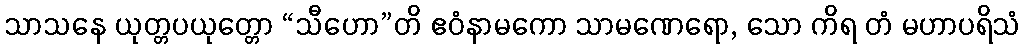
သာသနေ ယုတ္တပယုတ္တော “သီဟော”တိ ဧဝံနာမကော သာမဏေရော, သော ကိရ တံ မဟာပရိသံ